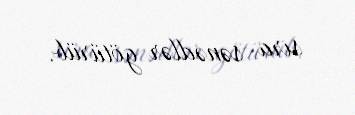
sıra sənədlər götürüb.